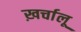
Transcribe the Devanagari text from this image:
ख़र्चालू